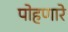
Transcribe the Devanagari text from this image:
पोहणारे